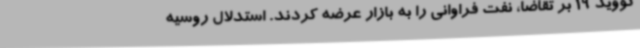
کووید 19 بر تقاضا، نفت فراوانی را به بازار عرضه کردند. استدلال روسیه